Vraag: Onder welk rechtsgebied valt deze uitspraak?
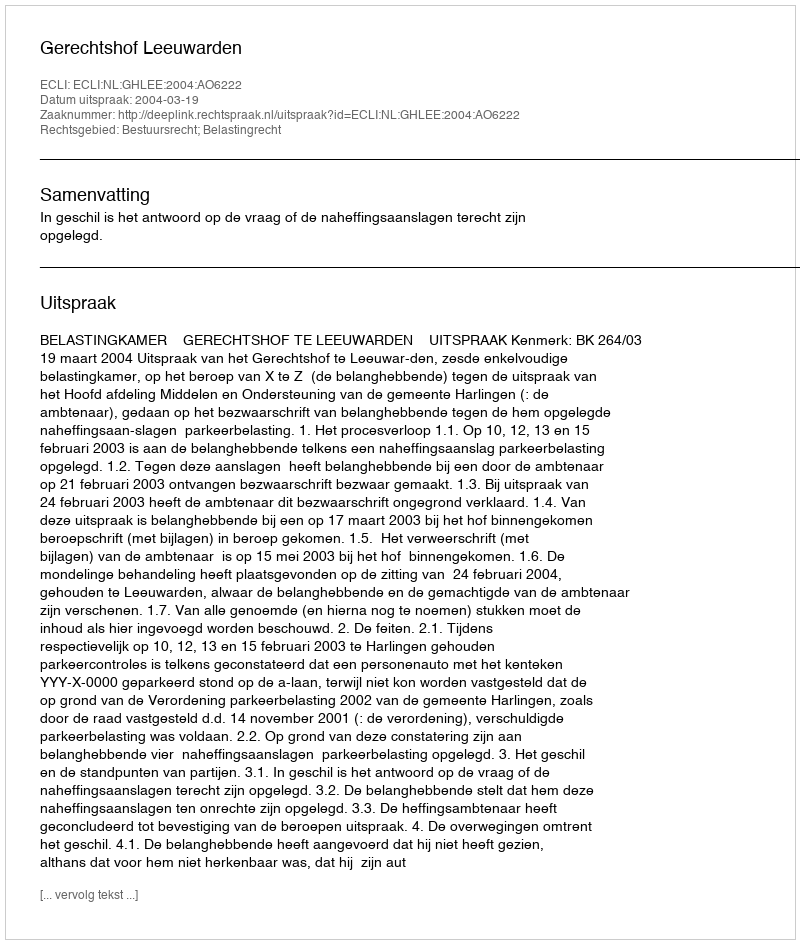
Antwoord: Bestuursrecht; Belastingrecht